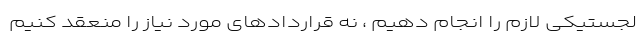
لجستیکی لازم را انجام دهیم ، نه قراردادهای مورد نیاز را منعقد کنیم